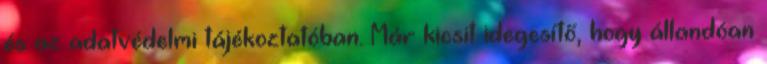
és az adatvédelmi tájékoztatóban. Már kicsit idegesítő, hogy állandóan